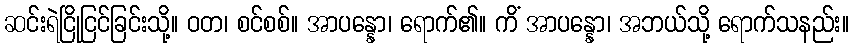
ဆင်းရဲငြိုငြင်ခြင်းသို့။ ဝတ၊ စင်စစ်။ အာပန္နော၊ ရောက်၏။ ကိံ အာပန္နော၊ အဘယ်သို့ ရောက်သနည်း။